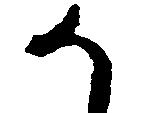
か